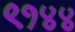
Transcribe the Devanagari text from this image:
९१४४